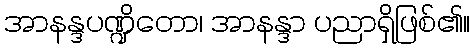
အာနန္ဒပဏ္ဍိတော၊ အာနန္ဒာ ပညာရှိဖြစ်၏။